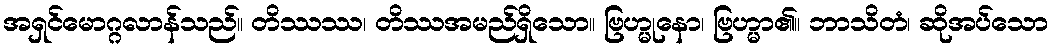
အရှင်မောဂ္ဂလာန်သည်။ တိဿဿ၊ တိဿအမည်ရှိသော။ ဗြဟ္မုနော၊ ဗြဟ္မာ၏။ ဘာသိတံ၊ ဆိုအပ်သော